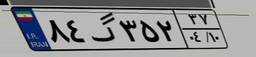
۸۴گ۳۵۲۳۷